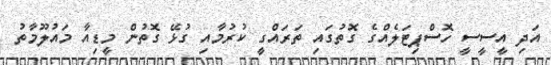
އަދި އީސީސީ ހޮސްޕިޓަލެއްގެ ގޮތުގައި ތަރައްގީ ކުރުމާއި ގުޅޭ ގޮތުން މީޑިއާ މައުލޫމާތު